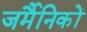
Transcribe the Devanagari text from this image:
जर्मैनिकों